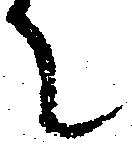
て